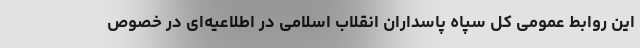
این روابط عمومی کل سپاه پاسداران انقلاب اسلامی در اطلاعیه‌ای در خصوص